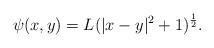
LaTeX: \begin{align*}\psi(x, y)=L(|x-y|^2+1)^{1\over 2}.\end{align*}